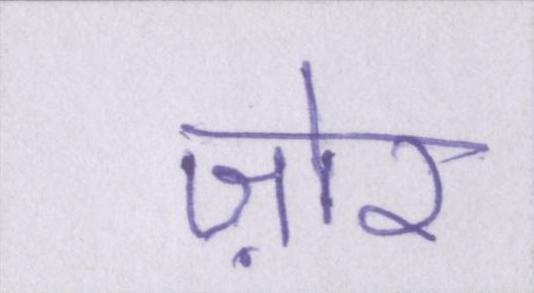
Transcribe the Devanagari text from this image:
ज़ोर